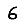
Digit: 6